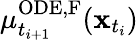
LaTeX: \mu_{t_{i+1}}^{\mathrm{ODE,F}}(\mathbf{x}_{t_{i}})